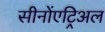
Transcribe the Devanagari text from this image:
सीनोंएट्रिअल